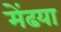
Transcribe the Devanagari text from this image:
मेंढया